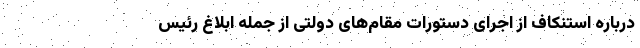
درباره استنکاف از اجرای دستورات مقام‌های دولتی از جمله ابلاغ رئیس